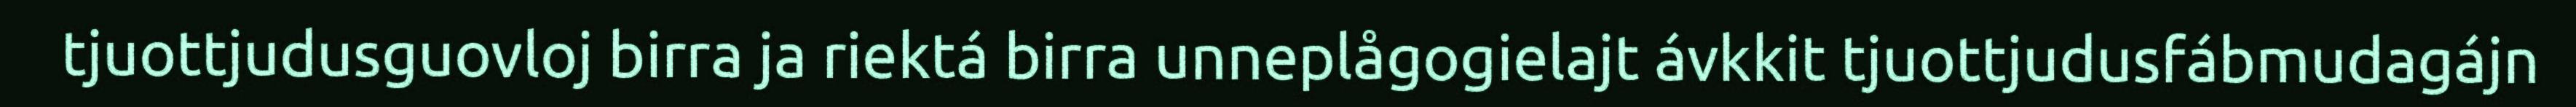
tjuottjudusguovloj birra ja riektá birra unneplågogielajt ávkkit tjuottjudusfábmudagájn